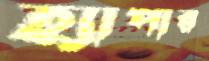
হ্যাপার